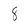
Character: 8